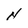
Character: N